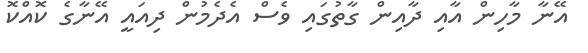
އޭނާ މާހިން އާއި ދާއިން ގާތުގައި ވެސް އެދެމުން ދިއައީ އޭނާގެ ކޮއްކޮ